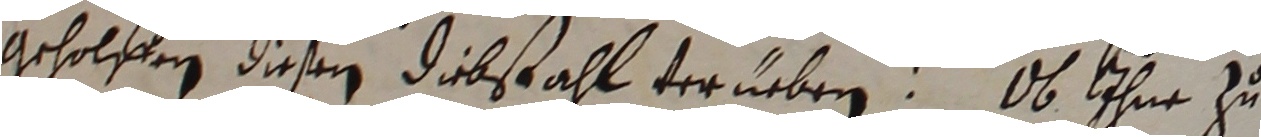
gecholffen diesemn dibstahl verneben. Ob ihne zu